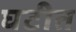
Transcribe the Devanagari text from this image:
घटीत